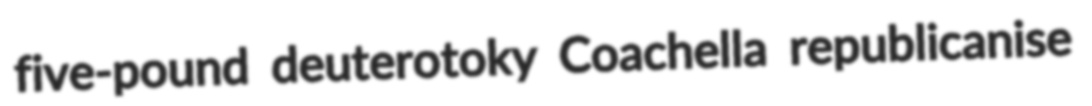
five-pound deuterotoky Coachella republicanise